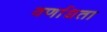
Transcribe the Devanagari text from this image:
वर्णाधता